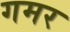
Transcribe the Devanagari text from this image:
गमर